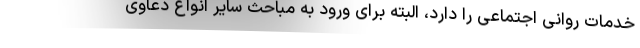
خدمات روانی اجتماعی را دارد، البته برای ورود به مباحث سایر انواع دعاوی